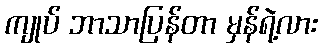
ကျုပ် ဘာသာပြန်တာ မှန်ရဲ့လား